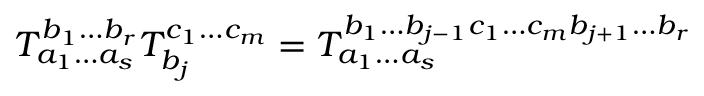
T _ { a _ { 1 } \ldots a _ { s } } ^ { b _ { 1 } \ldots b _ { r } } T _ { b _ { j } } ^ { c _ { 1 } \ldots c _ { m } } = T _ { a _ { 1 } \ldots a _ { s } } ^ { b _ { 1 } \ldots b _ { j - 1 } c _ { 1 } \ldots c _ { m } b _ { j + 1 } \ldots b _ { r } }